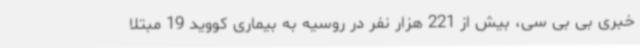
خبری بی بی سی، بیش از 221 هزار نفر در روسیه به بیماری کووید 19 مبتلا